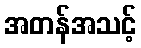
အတန်အသင့်